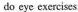
do eye exercises.